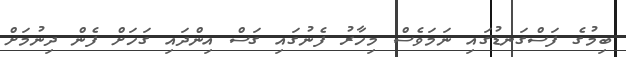
ބިމުގެ ފަސްގަނޑުގައި ނަމަވެސް މިހާރު ފެނުގައި ގަސް އިންދައި ގަހަށް ފެން ދިނުމަށް